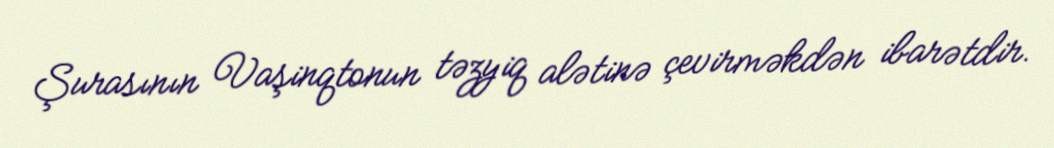
Şurasının Vaşinqtonun təzyiq alətinə çevirməkdən ibarətdir.